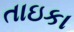
તાઇકા